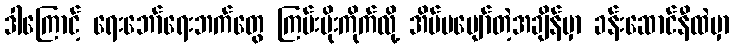
ဒါကြောင့် ရေးဘော်ရေးဘက်တွေ ကြမ်းပိုးကိုက်လို့ အိပ်မပျော်တဲ့အချိန်မှာ ခန်းဆောင်နီထဲမှာ